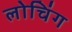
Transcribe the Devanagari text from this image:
लोचिंग